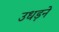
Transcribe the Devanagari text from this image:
उधड़ने